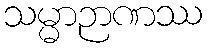
သမ္မာဉာဏဿ